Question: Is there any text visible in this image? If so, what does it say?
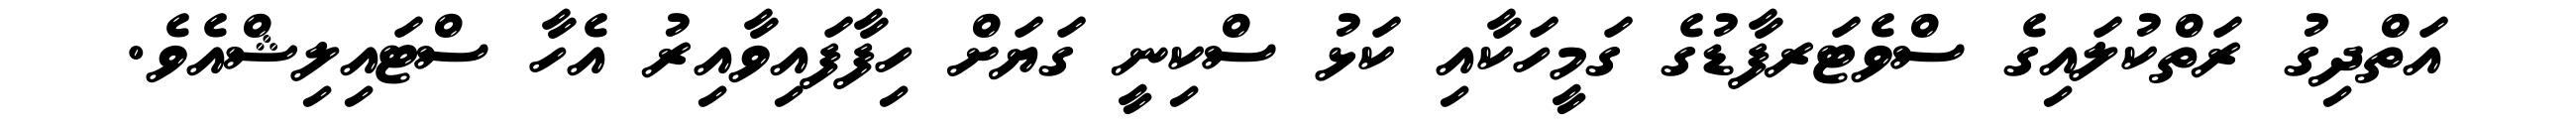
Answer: އަތްދިގު ރަތްކުލައިގެ ސްވެޓަރފާޑުގެ ގަމީހަކާއި ކަޅު ސްކިނީ ގަޔަށް ހިފާފައިވާއިރު އެހާ ސްޓައިލިޝްއެވެ.